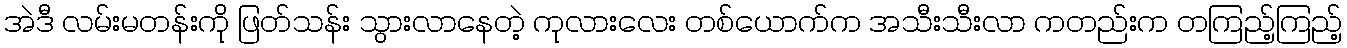
အဲဒီ လမ်းမတန်းကို ဖြတ်သန်း သွားလာနေတဲ့ ကုလားလေး တစ်ယောက်က အသီးသီးလာ ကတည်းက တကြည့်ကြည့်